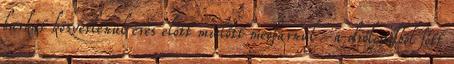
burkát közvetlenül érés előtt mielőtt megbarnul -a diólevélből főtt